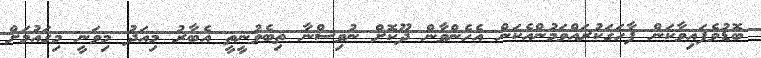
ބޮޑުވެފައިވާކަން ފާހަގަކުރައްވަމުންއެކަން އެހެންވާން ދޫކޮށް ނުވިސްނާ ތިބެވުނީތީ އެބާރު މިއަދު މިވަނީ މިޤައުމަށް